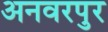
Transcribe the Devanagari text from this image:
अनवरपुर